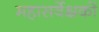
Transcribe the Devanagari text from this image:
महासर्वेक्षकों